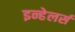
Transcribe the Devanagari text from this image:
इन्हेलर्स